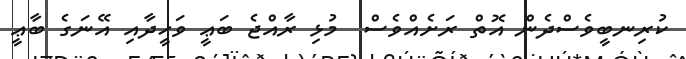
ކުރިނބީވެސްދެން އޮތް ރަށެއްވެސް  މުޅި ރާއްޖެ ބަޢީ ވަހީދާއި އޭނަގެ ބާޢީ